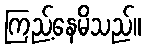
ကြည့်နေမိသည်။